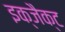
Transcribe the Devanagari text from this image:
इक्जैक्ट